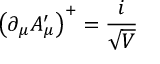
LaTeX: \left( \partial _ { \mu } A _ { \mu } ^ { \prime } \right) ^ { + } = \frac { i } { \sqrt { V } }